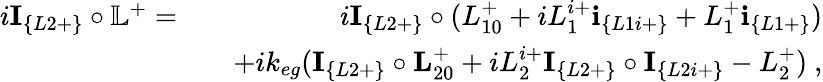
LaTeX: \begin{array}{rlr}{i\textbf{I}_{\{ L2+\} }\circ\mathbb{L}^{+}=}&{}&{i\textbf{I}_{\{ L2+\} }\circ(L_{10}^{+}+iL_{1}^{i+}\textbf{i}_{\{ L1i+\} }+L_{1}^{+}\textbf{i}_{\{ L1+\} })}\\ &{}&{+ik_{eg}(\textbf{I}_{\{ L2+\} }\circ\textbf{L}_{20}^{+}+iL_{2}^{i+}\textbf{I}_{\{ L2+\} }\circ\textbf{I}_{\{ L2i+\} }-L_{2}^{+})~,}\end{array}